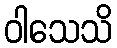
ဝါသေသိ